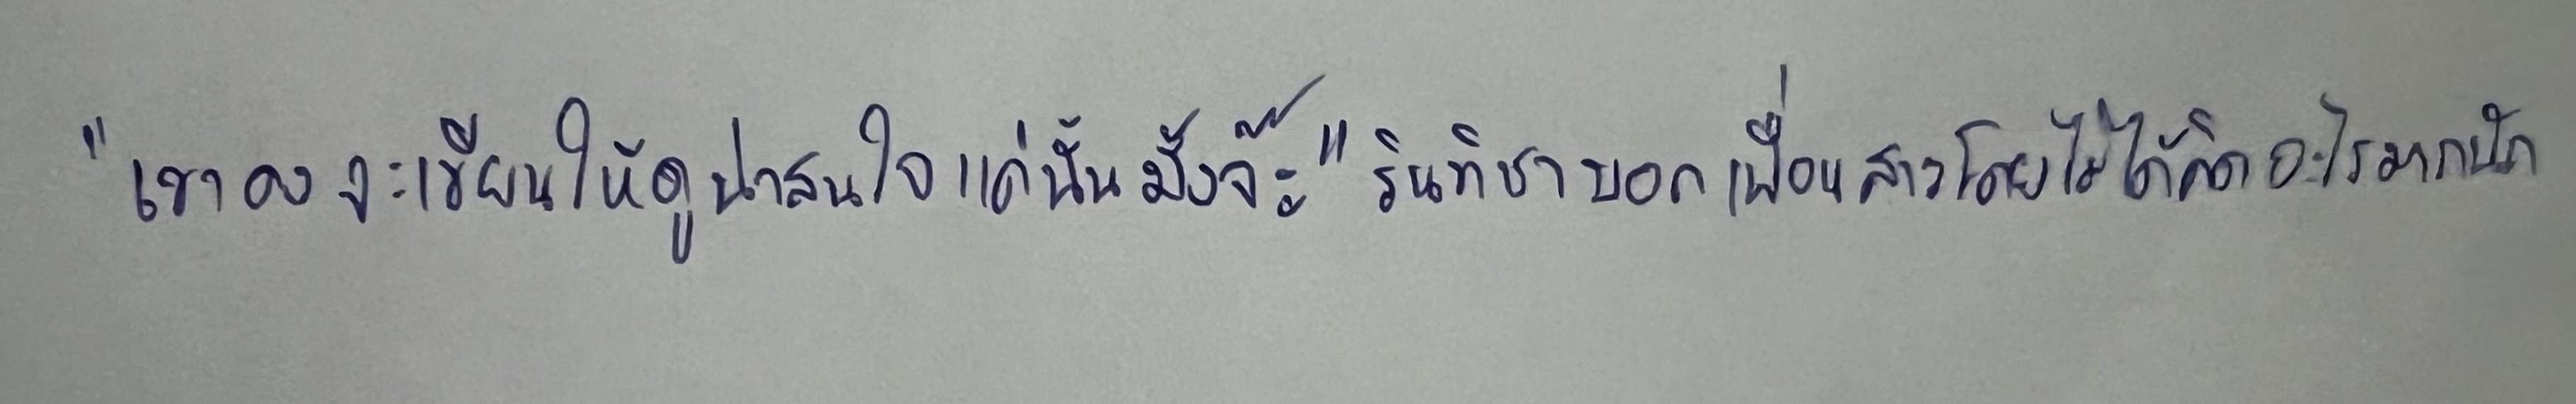
"เขาคงจะเขียนให้ดูน่าสนใจแค่นั้นมั้งจ๊ะ"รินทิชาบอกเพื่อนสาวโดยไม่ได้คิดอะไรมากนัก